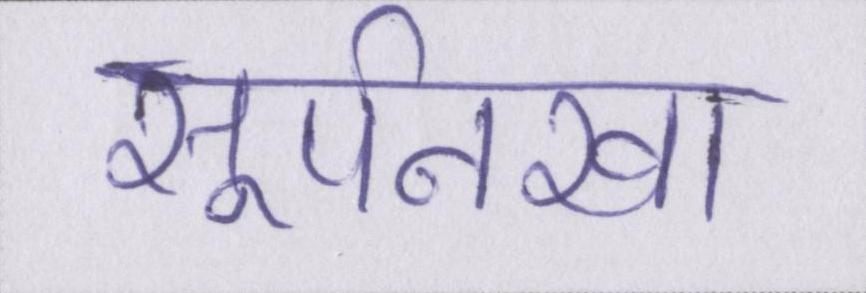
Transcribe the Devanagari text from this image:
सूर्पनखा